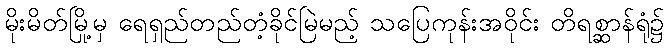
မိုးမိတ်မြို့မှ ရေရှည်တည်တံ့ခိုင်မြဲမည့် သပြေကုန်းအဝိုင်း တိရစ္ဆာန်ရုံ၌